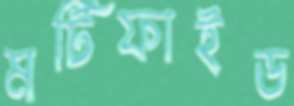
মর্টিফাইড